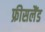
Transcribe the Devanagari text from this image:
फ्रीसलैंड